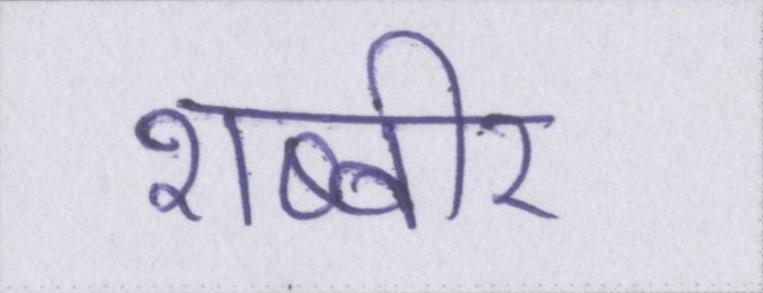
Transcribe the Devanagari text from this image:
शब्बीर